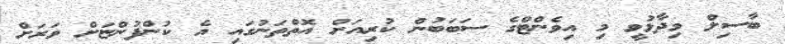
ބާސިލް ވިދާޅުވީ މި އިވެންޓްގެ ސަބަބުން ކުރިއަށް އޮތްތަނުގައި އެ ކުންފުންޏަށް ވަރަށް